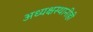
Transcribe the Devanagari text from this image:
अध्यक्षस्थानीही